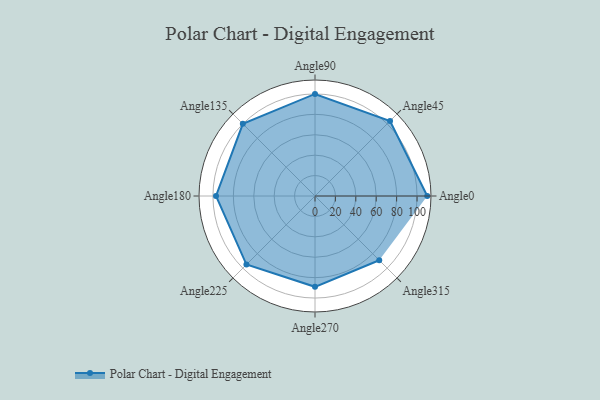
{"axis": {"x": "Angle", "y": "Radius"}, "legend": [""], "data": [{"x": "Angle0", "y": 110.0, "type": ""}, {"x": "Angle45", "y": 104.0, "type": ""}, {"x": "Angle90", "y": 100.0, "type": ""}, {"x": "Angle135", "y": 100.0, "type": ""}, {"x": "Angle180", "y": 97.0, "type": ""}, {"x": "Angle225", "y": 95.0, "type": ""}, {"x": "Angle270", "y": 89.0, "type": ""}, {"x": "Angle315", "y": 89.0, "type": ""}]}